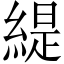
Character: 緹